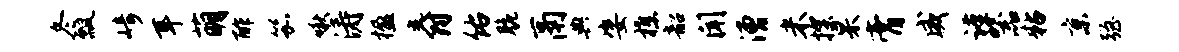
冬瓢崎耳萌酢笳啾涛楹爵佑脆鬲典姿樵韶闻漕米探杲膏威谨器粘京强